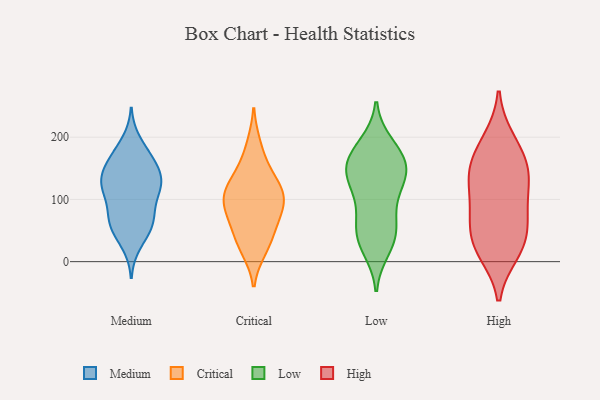
{"axis": {"x": "Waste Production (Tons)", "y": "Value"}, "legend": ["Critical", "High", "Low", "Medium"], "data": [{"x": "", "y": 108, "type": "Medium"}, {"x": "", "y": 126, "type": "Medium"}, {"x": "", "y": 171, "type": "Medium"}, {"x": "", "y": 127, "type": "Medium"}, {"x": "", "y": 111, "type": "Medium"}, {"x": "", "y": 62, "type": "Medium"}, {"x": "", "y": 47, "type": "Medium"}, {"x": "", "y": 56, "type": "Medium"}, {"x": "", "y": 171, "type": "Medium"}, {"x": "", "y": 143, "type": "Medium"}, {"x": "", "y": 77, "type": "Medium"}, {"x": "", "y": 159, "type": "Medium"}, {"x": "", "y": 124, "type": "Medium"}, {"x": "", "y": 134, "type": "Medium"}, {"x": "", "y": 28, "type": "Medium"}, {"x": "", "y": 70, "type": "Medium"}, {"x": "", "y": 114, "type": "Medium"}, {"x": "", "y": 193, "type": "Medium"}, {"x": "", "y": 67, "type": "Medium"}, {"x": "", "y": 152, "type": "Medium"}, {"x": "", "y": 63, "type": "Critical"}, {"x": "", "y": 103, "type": "Critical"}, {"x": "", "y": 110, "type": "Critical"}, {"x": "", "y": 98, "type": "Critical"}, {"x": "", "y": 74, "type": "Critical"}, {"x": "", "y": 117, "type": "Critical"}, {"x": "", "y": 188, "type": "Critical"}, {"x": "", "y": 135, "type": "Critical"}, {"x": "", "y": 26, "type": "Critical"}, {"x": "", "y": 48, "type": "Critical"}, {"x": "", "y": 19, "type": "Critical"}, {"x": "", "y": 92, "type": "Critical"}, {"x": "", "y": 151, "type": "Critical"}, {"x": "", "y": 139, "type": "Low"}, {"x": "", "y": 160, "type": "Low"}, {"x": "", "y": 38, "type": "Low"}, {"x": "", "y": 188, "type": "Low"}, {"x": "", "y": 41, "type": "Low"}, {"x": "", "y": 136, "type": "Low"}, {"x": "", "y": 21, "type": "Low"}, {"x": "", "y": 161, "type": "Low"}, {"x": "", "y": 133, "type": "Low"}, {"x": "", "y": 178, "type": "Low"}, {"x": "", "y": 169, "type": "Low"}, {"x": "", "y": 110, "type": "Low"}, {"x": "", "y": 67, "type": "Low"}, {"x": "", "y": 41, "type": "Low"}, {"x": "", "y": 134, "type": "Low"}, {"x": "", "y": 79, "type": "Low"}, {"x": "", "y": 17, "type": "High"}, {"x": "", "y": 196, "type": "High"}, {"x": "", "y": 85, "type": "High"}, {"x": "", "y": 29, "type": "High"}, {"x": "", "y": 42, "type": "High"}, {"x": "", "y": 15, "type": "High"}, {"x": "", "y": 79, "type": "High"}, {"x": "", "y": 139, "type": "High"}, {"x": "", "y": 62, "type": "High"}, {"x": "", "y": 142, "type": "High"}, {"x": "", "y": 111, "type": "High"}, {"x": "", "y": 187, "type": "High"}, {"x": "", "y": 151, "type": "High"}, {"x": "", "y": 148, "type": "High"}]}